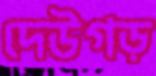
দেউগড়